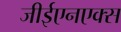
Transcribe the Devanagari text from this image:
जीईएनएक्स